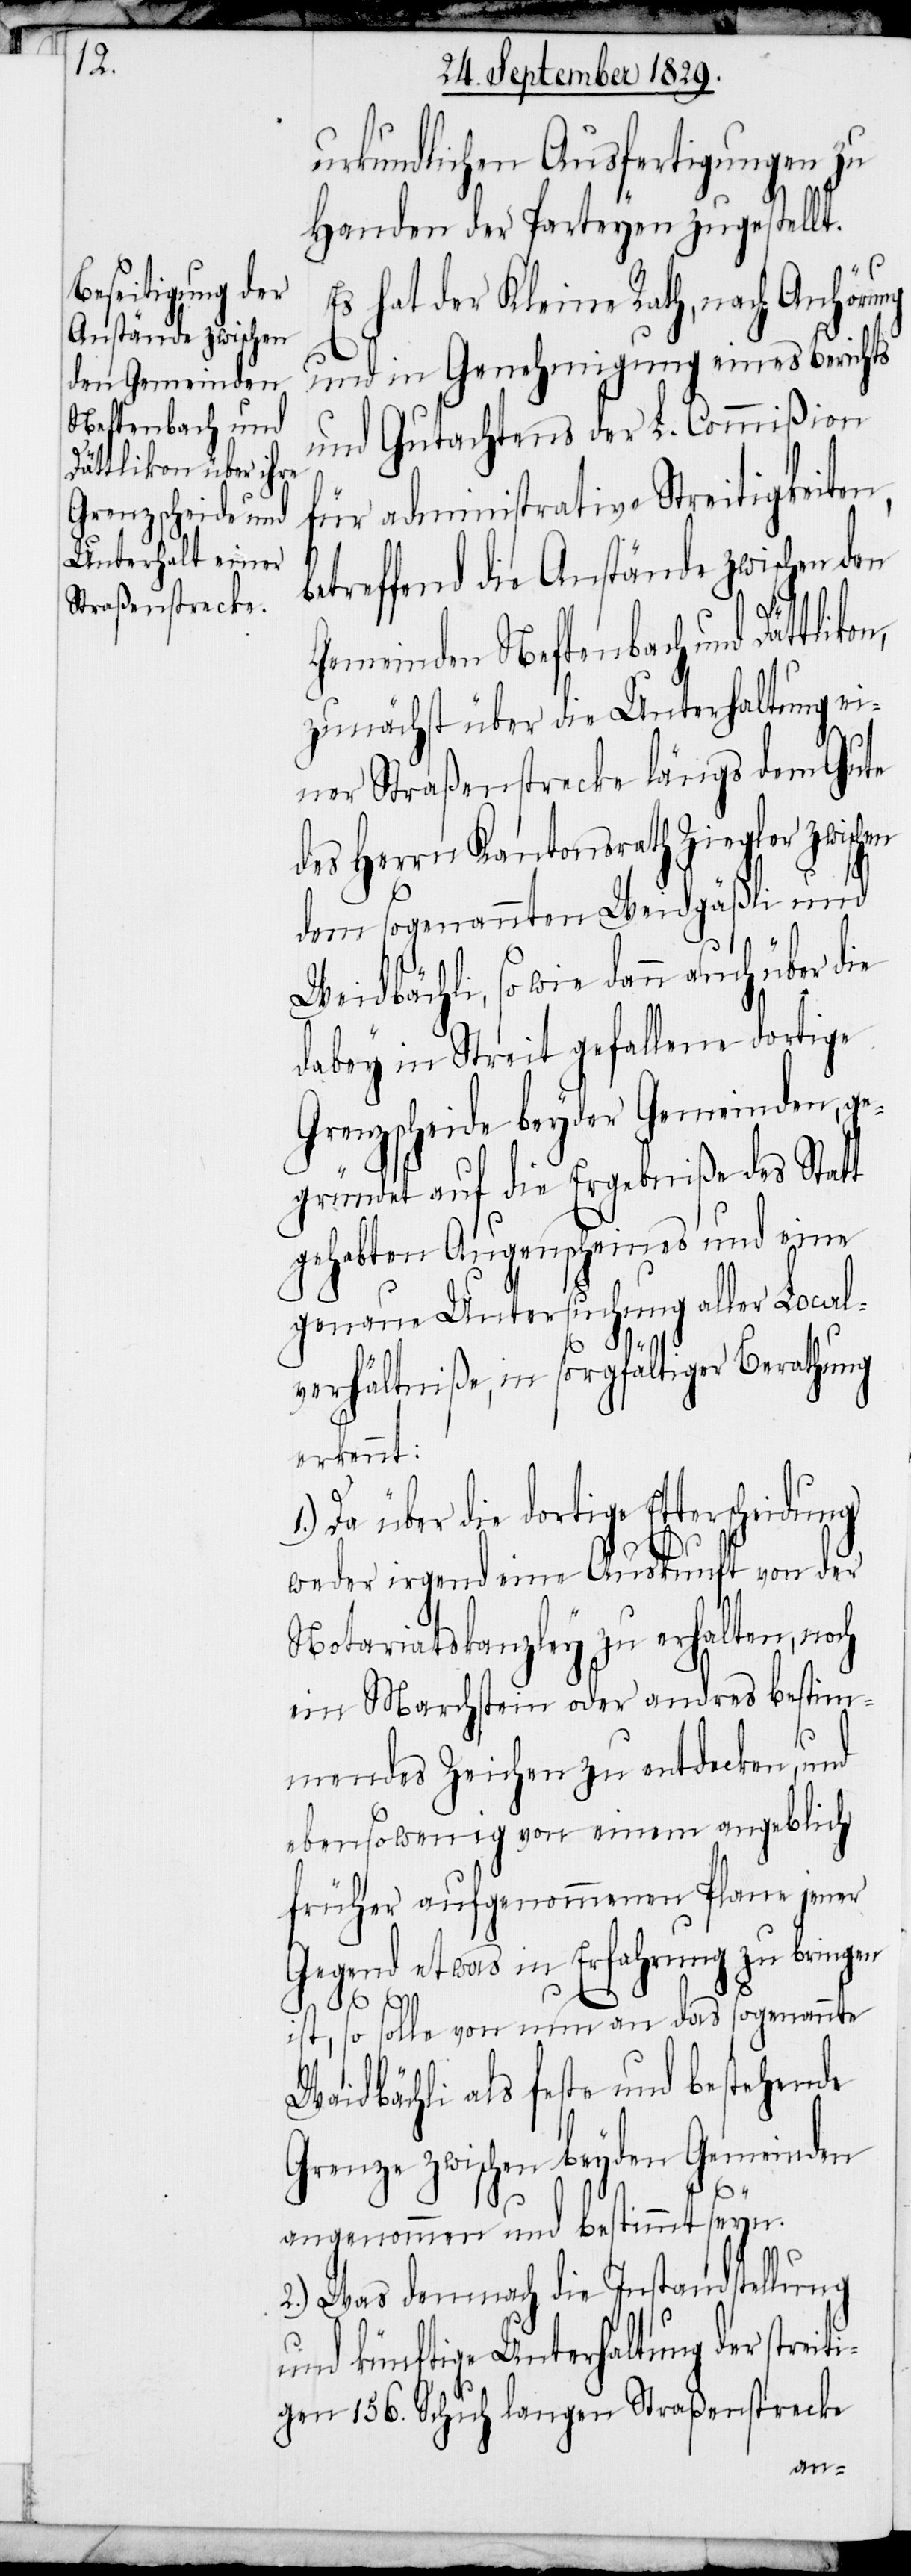
den Gemeinden
Neftenbach und

urkundlichen Ausfertigungen zu
Handen der Parteyen zugestellt.
Es hat der Kleine Rath, nach Anhörung
und in Genehmigung eines Berichts
und Gutachtens der L. Commißion
für administrative Streitigkeiten,
betreffend die Anstände zwischen
zunächst über die Unterhaltung ei¬
ner Straßenstrecke längs dem Gute
des Herrn Kantonsrath Zielger zwischen
dem sogenannten Weidgäßli und
Weidbächli, so wie dann auch über die
dabey in Streit gefallene dortige
Grenzscheide beyder Gemeinden, ge¬
gründet auf die Ergebniße des Statt
gehabten Augenscheines und eine
genaue Untersuchung aller Local¬
verhältniße, in sorgfältiger Berathung
erkennt:
Etterscheidung
weder irgend eine Auskunft von der
Notariatskanzley zu erhalten, noch
ein Marchstein oder andres bestim¬
mendes Zeichen zu entdecken, und
ebensowenig von einem angeblich
früher aufgenommenen Plane jener
Gegend etwas in Erfahrung zu bringen
ist, so solle von nun an das sogenannte
Waidbächli als feste und bestehende
Grenze zwischen beyden Gemeinden
angenommen und bestimmt seyn.
2.) Was demnach die Instandstellung
und künftige Unterhaltung der streit¬
igen 156. Schuh langen Straßenstrecke